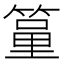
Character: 𥱐